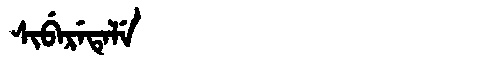
Manchu: ᠰᡳᠪᡝᡵᡝᡨᡝᠯᡝ
Romanization: SIBERETELE